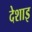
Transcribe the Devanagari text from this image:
देशाइ